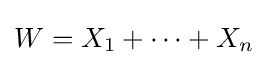
W=X_{1}+\cdots +X_{n}